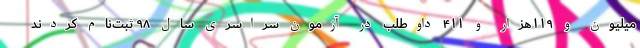
میلیون و ۱۱۹هزار و ۴۱۱ داوطلب در آزمون سراسری سال ۹۸ ثبت‌نام کردند